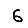
Digit: 6